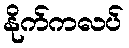
နိုက်ကလပ်